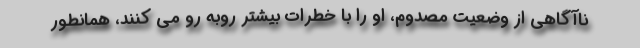
ناآگاهی از وضعیت مصدوم، او را با خطرات بیشتر روبه رو می کنند، همانطور